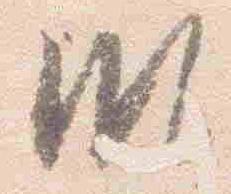
頗